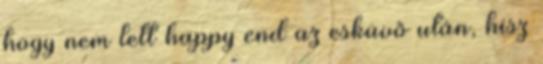
hogy nem lett happy end az esküvő után, hisz